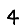
Digit: 4